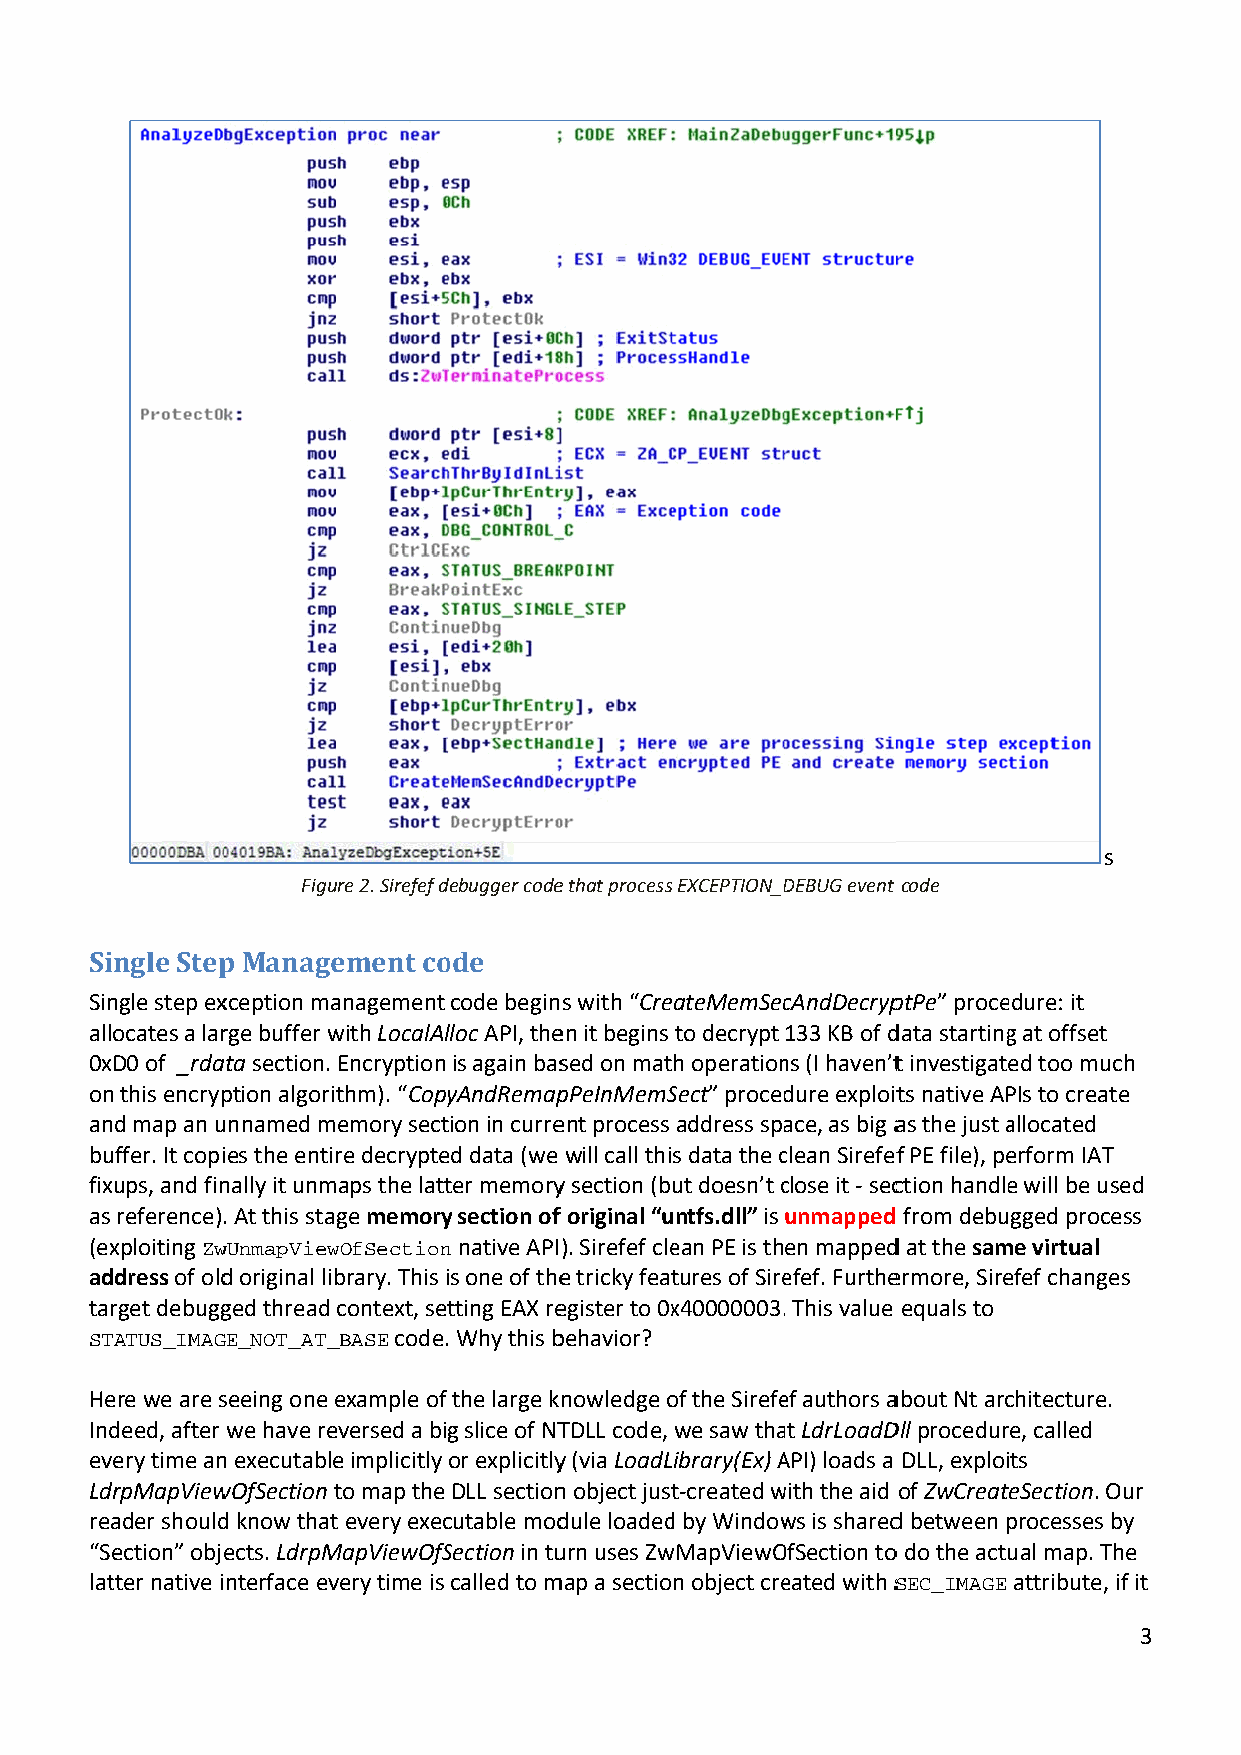
s
 Figuure 2. Sirefef ddebugger codee that processEXCEPTION_DDEBUG event code
 Single Stepp Manageement coode
 Sinngle step exxception maanagement code beginns with “CreateMemSeccAndDecrypptPe” proceedure: it
 allocates a larrge buffer wwith LocalAllloc API, theen it begins to decrypt 133 KB of ddata startingg at offset
 0xD0 of _rdaata section. Encryption is again bassed on math operationns (I haven’tt investigated too mucch
 onn this encrypption algorithm). “CopyyAndRemappPeInMemSSect” proceddure exploitts native APPIs to createe
 and map an uunnamed memory section in curreent process address spaace, as big aas the just aallocated
 buuffer. It copiies the entirre decrypteed data (we will call this data the cclean Sirefeff PE file), peerform IAT
 fixxups, and finnally it unmaps the lattter memoryy section (but doesn’t cclose it ‐ secction handlee will be useed
 as reference).. At this stage memoryy section off original “uuntfs.dll” is unmapped from debugged proceess
 (exxploiting ZwwUnmapViewwOfSectionn native API). Sirefef cleean PE is then mappedd at the samme virtual
 adddress of oldd original libbrary. This iis one of thee tricky feattures of Sireefef. Furtheermore, Sireefef changes
 tarrget debuggged thread context, settting EAX reegister to 0xx40000003.. This value equals to
 STTATUS_IMAGGE_NOT_AT__BASE code. Why this bbehavior?
 Heere we are sseeing one eexample of the large knowledge oof the Sirefeef authors aabout Nt arcchitecture.
 Inddeed, after we have reeversed a big slice of NTTDLL code, we saw thaat LdrLoadDDll procedurre, called
 every time ann executablee implicitly or explicitlyy (via LoadLibrary(Ex) AAPI) loads a DLL, exploits
 LddrpMapViewwOfSection tto map the DLL sectionn object justt‐created wwith the aid of ZwCreateSection. Our
 reaader shouldd know thatt every execcutable moddule loadedd by Windowws is sharedd between pprocesses bby
 “Seection” objeects. LdrpMMapViewOfSSection in tuurn uses ZwwMapViewOOfSection too do the actuual map. Thhe
 lattter native interface evvery time is called to mmap a section object creeated with SSEC_IMAGE attribute, if it
 3